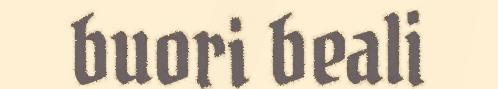
buori beali